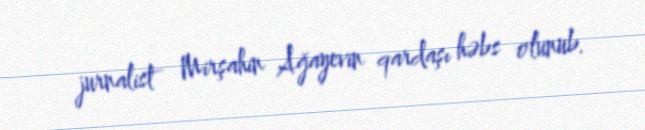
jurnalist Mirşahin Ağayevin qardaşı həbs olunub.